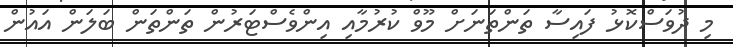
މި ދުވަސްކޮޅު ފައިސާ ތަންތަނަށް މޫވް ކުރުމާއި އިންވެސްޓަރުން ތަންތަން ބަލަން އައުން